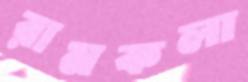
রামকলা